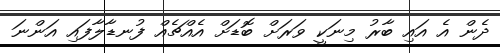
ދެން އެ އައި ބާރު މިނަކީ ވަރަށް ބޮޑަށް އެއްޗެއް ފުނޑާލާފައި އަންނަ